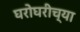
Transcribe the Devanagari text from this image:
घरोघरीच्या